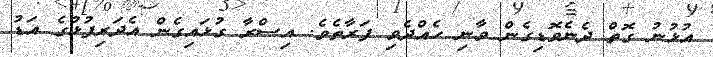
އުޅުނު ގޮތް ދެނެވޮޑިގެން ވާނި ހެއްދެވި ފަރާތެވެ. އިސްރާ ގުޅައިގެން އެދަރިފުޅުގެ އަޑު